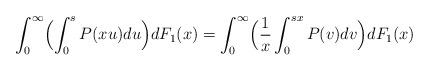
LaTeX: \begin{align*} \int_0^{\infty}\Bigl(\int_0^sP(xu)du \Bigr)dF_1(x) = \int_0^{\infty}\Bigl( \frac{1}{x}\int_{0}^{sx}P(v)dv \Bigr)dF_1(x)\end{align*}